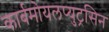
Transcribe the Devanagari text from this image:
कार्बमोयलप्युट्रसिन